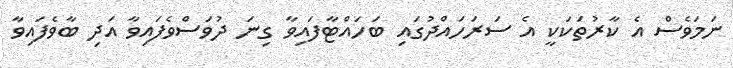
ނަމަވެސް އެ ކާރުތަކަކީ އެ ސަރަހައްދުގައި ބަހައްޓާފައިވާ ގިނަ ދުވަސްވެފައިވާ އަދި ބާވެފައިވާ